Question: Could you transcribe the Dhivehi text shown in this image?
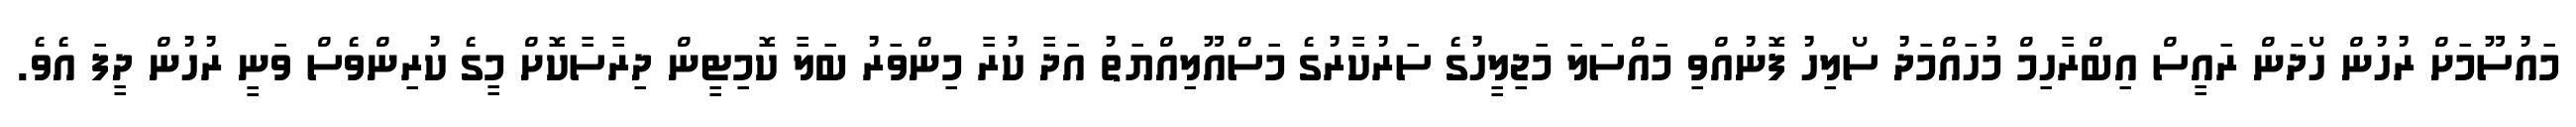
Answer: މައުސޫމަށް ރުހުން ހޯދަން ރައީސް އިބްރާހިމް މުހައްމަދު ސޯލިހު ފޮނުއްވި މައްސަލަ މަޖިލީހުގެ ސަރުކާރުގެ މަސްއޫލިއްޔަތު އަދާ ކުރާ މިންވަރު ބަލާ ކޮމިޓީން ދިރާސާކޮށް މީގެ ކުރިންވެސް ވަނީ ރުހުން ދީފަ އެވެ.